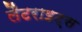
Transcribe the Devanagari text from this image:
लैटराइट्स